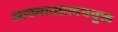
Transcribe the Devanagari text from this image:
आख्यातप्रत्यययुक्त